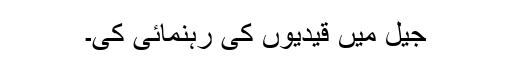
جیل میں قیدیوں کی رہنمائی کی۔